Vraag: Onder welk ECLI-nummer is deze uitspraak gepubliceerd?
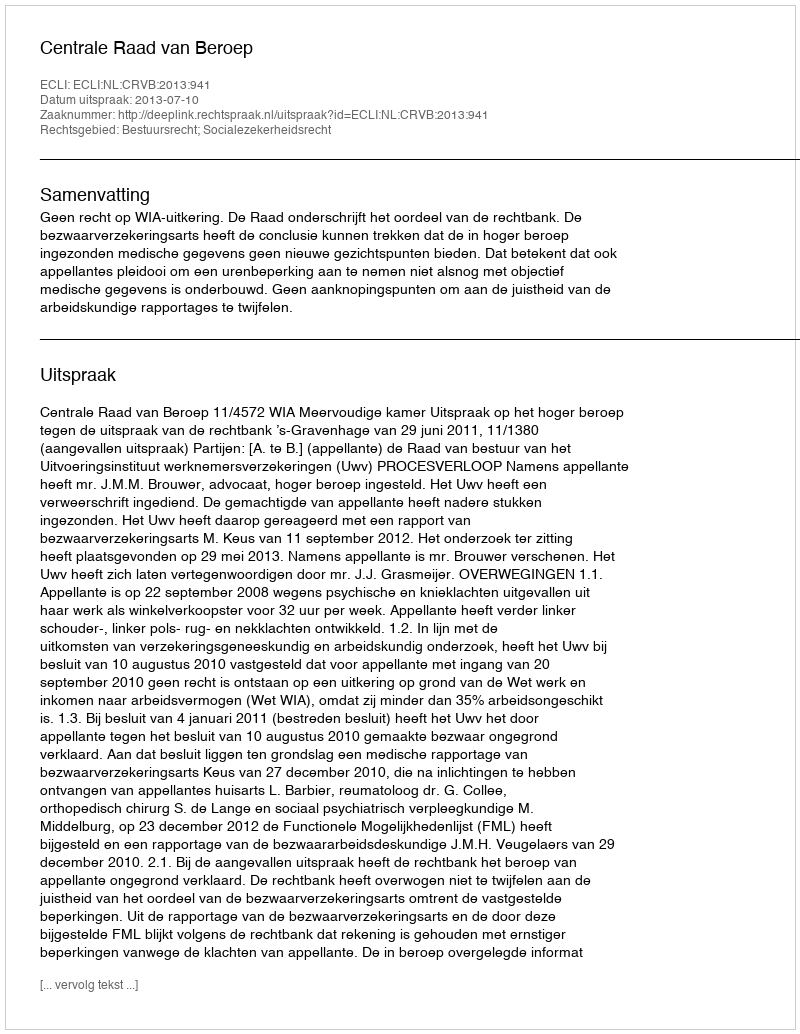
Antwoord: ECLI:NL:CRVB:2013:941